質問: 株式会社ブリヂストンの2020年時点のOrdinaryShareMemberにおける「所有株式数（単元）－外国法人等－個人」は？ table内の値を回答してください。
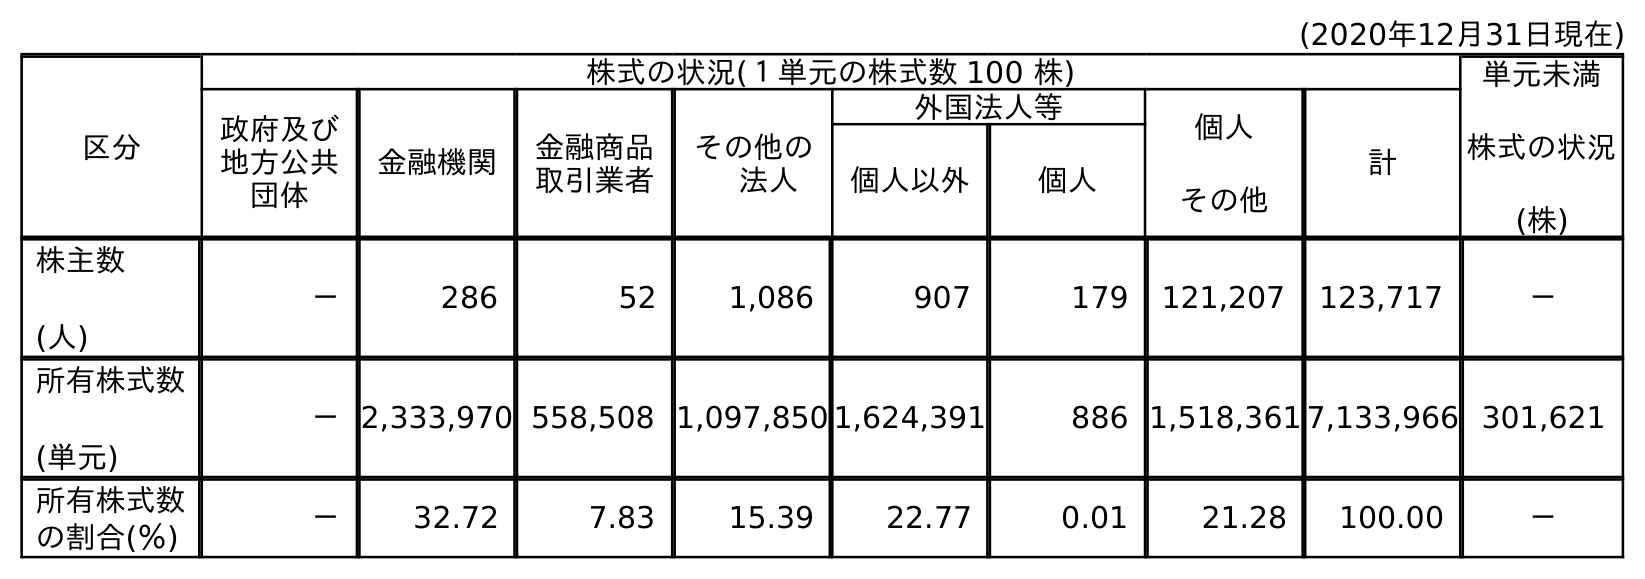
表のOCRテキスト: (2020年12月31日現在) 区分 株式の状況(１単元の株式数 100 株) 単元未満 株式の状況 (株) 政府及び 地方公共 団体 金融機関 金融商品 取引業者 その他の  法人 外国法人等 個人 その他 計 個人以外 個人 株主数 (人) － 286 52 1,086 907 179 121,207 123,717 － 所有株式数 (単元) －2,333,970 558,508 1,097,850 1,624,391 886 1,518,361 7,133,966 301,621 所有株式数 の割合(％) － 32.72 7.83 15.39 22.77 0.01 21.28 100.00 －
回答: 886